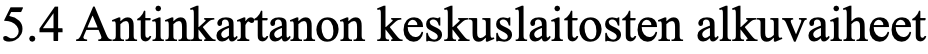
5.4 Antinkartanon keskuslaitosten alkuvaiheet